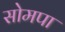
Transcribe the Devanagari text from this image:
सोमपा